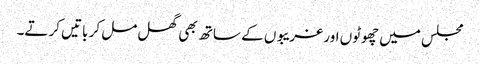
مجلس میں چھوٹوں اور غریبوں کے ساتھ بھی گھل مل کر باتیں کرتے۔